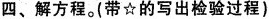
四、解方程。（带☆的写出检验过程）